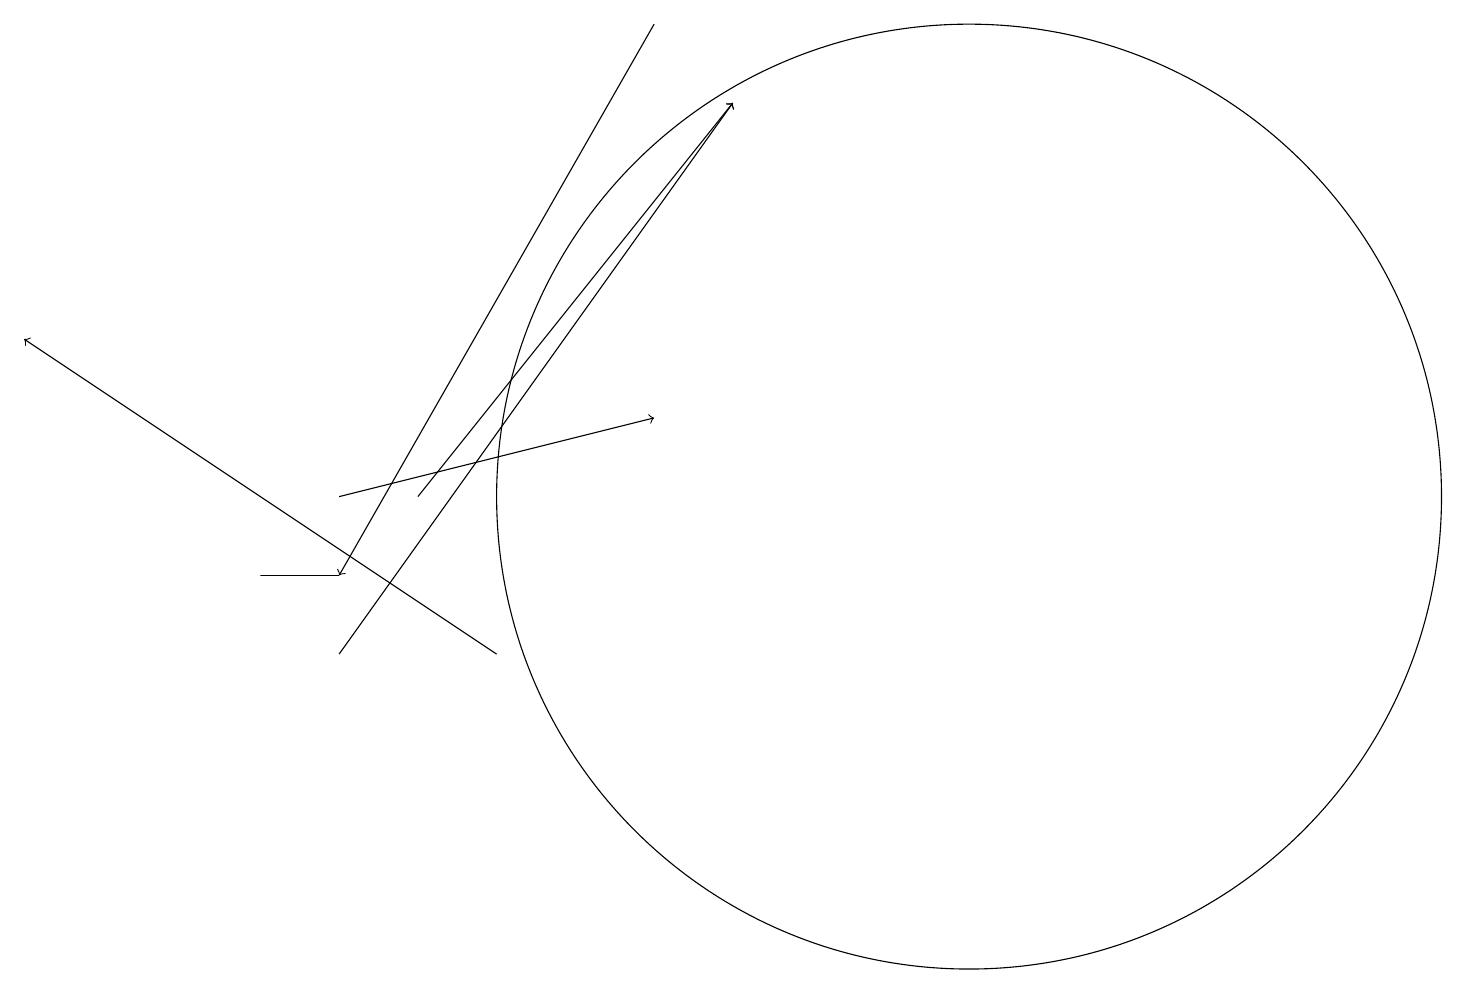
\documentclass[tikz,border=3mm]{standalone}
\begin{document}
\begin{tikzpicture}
\draw[->] (8,18) -- (4,11);
\draw (3,11) rectangle (4,11);
\draw (12,12) circle (6);
\draw (12,10) circle (0);
\draw[->] (5,12) -- (9,17);
\draw[->] (6,10) -- (0,14);
\draw[->] (4,10) -- (9,17);
\draw[->] (4,12) -- (8,13);
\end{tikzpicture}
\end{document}